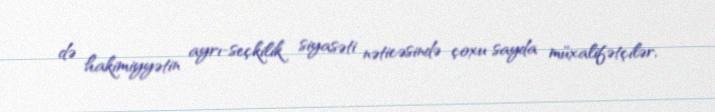
də hakimiyyətin ayrı-seçkilik siyasəti nəticəsində çoxu sayda müxalifətçilər,